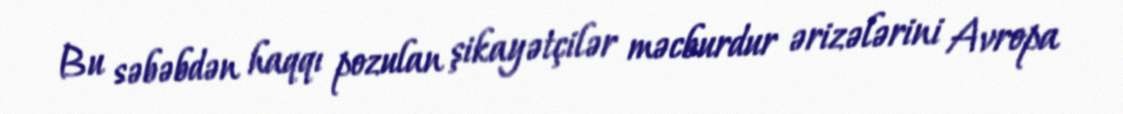
Bu səbəbdən haqqı pozulan şikayətçilər məcburdur ərizələrini Avropa